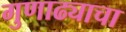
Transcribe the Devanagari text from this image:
गुणाढ्याचा